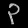
Digit: ၃